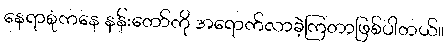
နေရာစုံကနေ နန်းတော်ကို အရောက်လာခဲ့ကြတာဖြစ်ပါတယ်။